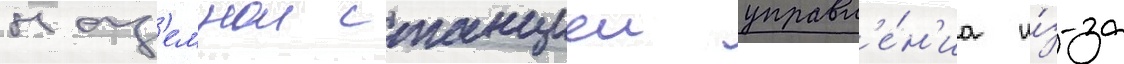
наз'емнои станциеи управл'е́н'иа и́з-за